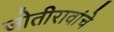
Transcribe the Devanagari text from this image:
जोतीरावांचे